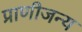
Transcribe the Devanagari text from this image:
प्राणीजन्य